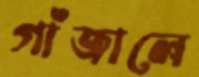
গাঁজালে